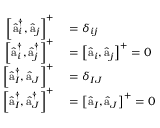
\begin{array} { r l } { \left[ \hat { \textmd a } _ { i } ^ { \dagger } , \hat { \textmd a } _ { j } \right] ^ { + } } & { { } = \delta _ { i j } } \\ { \left[ \hat { \textmd a } _ { i } ^ { \dagger } , \hat { \textmd a } _ { j } ^ { \dagger } \right] ^ { + } } & { { } = \left[ \hat { \textmd a } _ { i } , \hat { \textmd a } _ { j } \right] ^ { + } = 0 } \\ { \left[ \hat { \textmd a } _ { I } ^ { \dagger } , \hat { \textmd a } _ { J } \right] ^ { + } } & { { } = \delta _ { I J } } \\ { \left[ \hat { \textmd a } _ { I } ^ { \dagger } , \hat { \textmd a } _ { J } ^ { \dagger } \right] ^ { + } } & { { } = \left[ \hat { \textmd a } _ { I } , \hat { \textmd a } _ { J } \right] ^ { + } = 0 } \end{array}